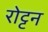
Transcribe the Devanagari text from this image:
रोट्टन